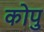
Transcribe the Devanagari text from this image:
कोपु